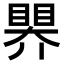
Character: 𥉁